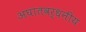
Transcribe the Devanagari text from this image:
अघातवर्धनीय